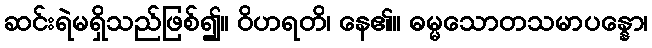
ဆင်းရဲမရှိသည်ဖြစ်၍။ ဝိဟရတိ၊ နေ၏။ ဓမ္မသောတသမာပန္နော၊